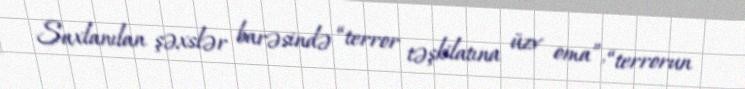
Saxlanılan şəxslər barəsində “terror təşkilatına üzv oma”, “terrorun